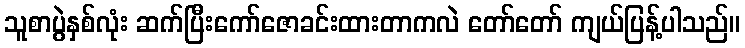
သူစာပွဲနှစ်လုံး ဆက်ပြီးကော်ဇောခင်းထားတာကလဲ တော်တော် ကျယ်ပြန့်ပါသည်။